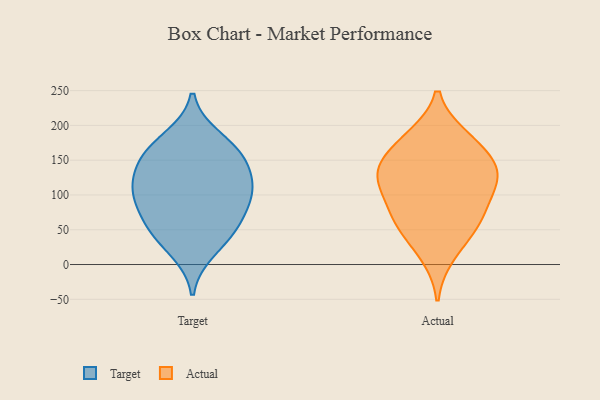
{"axis": {"x": "Active Users", "y": "Value"}, "legend": ["Actual", "Target"], "data": [{"x": "", "y": 20, "type": "Target"}, {"x": "", "y": 157, "type": "Target"}, {"x": "", "y": 97, "type": "Target"}, {"x": "", "y": 53, "type": "Target"}, {"x": "", "y": 61, "type": "Target"}, {"x": "", "y": 182, "type": "Target"}, {"x": "", "y": 166, "type": "Target"}, {"x": "", "y": 100, "type": "Target"}, {"x": "", "y": 48, "type": "Target"}, {"x": "", "y": 107, "type": "Target"}, {"x": "", "y": 134, "type": "Target"}, {"x": "", "y": 146, "type": "Target"}, {"x": "", "y": 104, "type": "Target"}, {"x": "", "y": 65, "type": "Actual"}, {"x": "", "y": 135, "type": "Actual"}, {"x": "", "y": 13, "type": "Actual"}, {"x": "", "y": 102, "type": "Actual"}, {"x": "", "y": 143, "type": "Actual"}, {"x": "", "y": 58, "type": "Actual"}, {"x": "", "y": 183, "type": "Actual"}, {"x": "", "y": 81, "type": "Actual"}, {"x": "", "y": 124, "type": "Actual"}, {"x": "", "y": 113, "type": "Actual"}, {"x": "", "y": 135, "type": "Actual"}, {"x": "", "y": 48, "type": "Actual"}, {"x": "", "y": 160, "type": "Actual"}, {"x": "", "y": 184, "type": "Actual"}]}